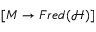
[ M \rightarrow F r e d ( { \mathcal { H } } ) ]